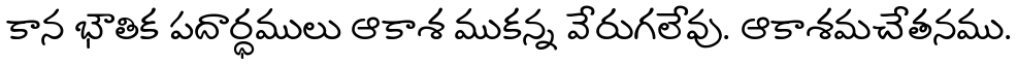
కాన భౌతిక పదార్ధములు ఆకాశ ముకన్న వేరుగలేవు. ఆకాశమచేతనము.